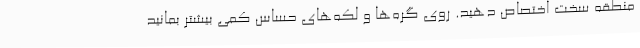
منطقه سخت اختصاص دهید. روی گره‌ها و لکه‌های حساس کمی بیشتر بمانید